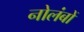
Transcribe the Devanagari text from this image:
नोलंबों